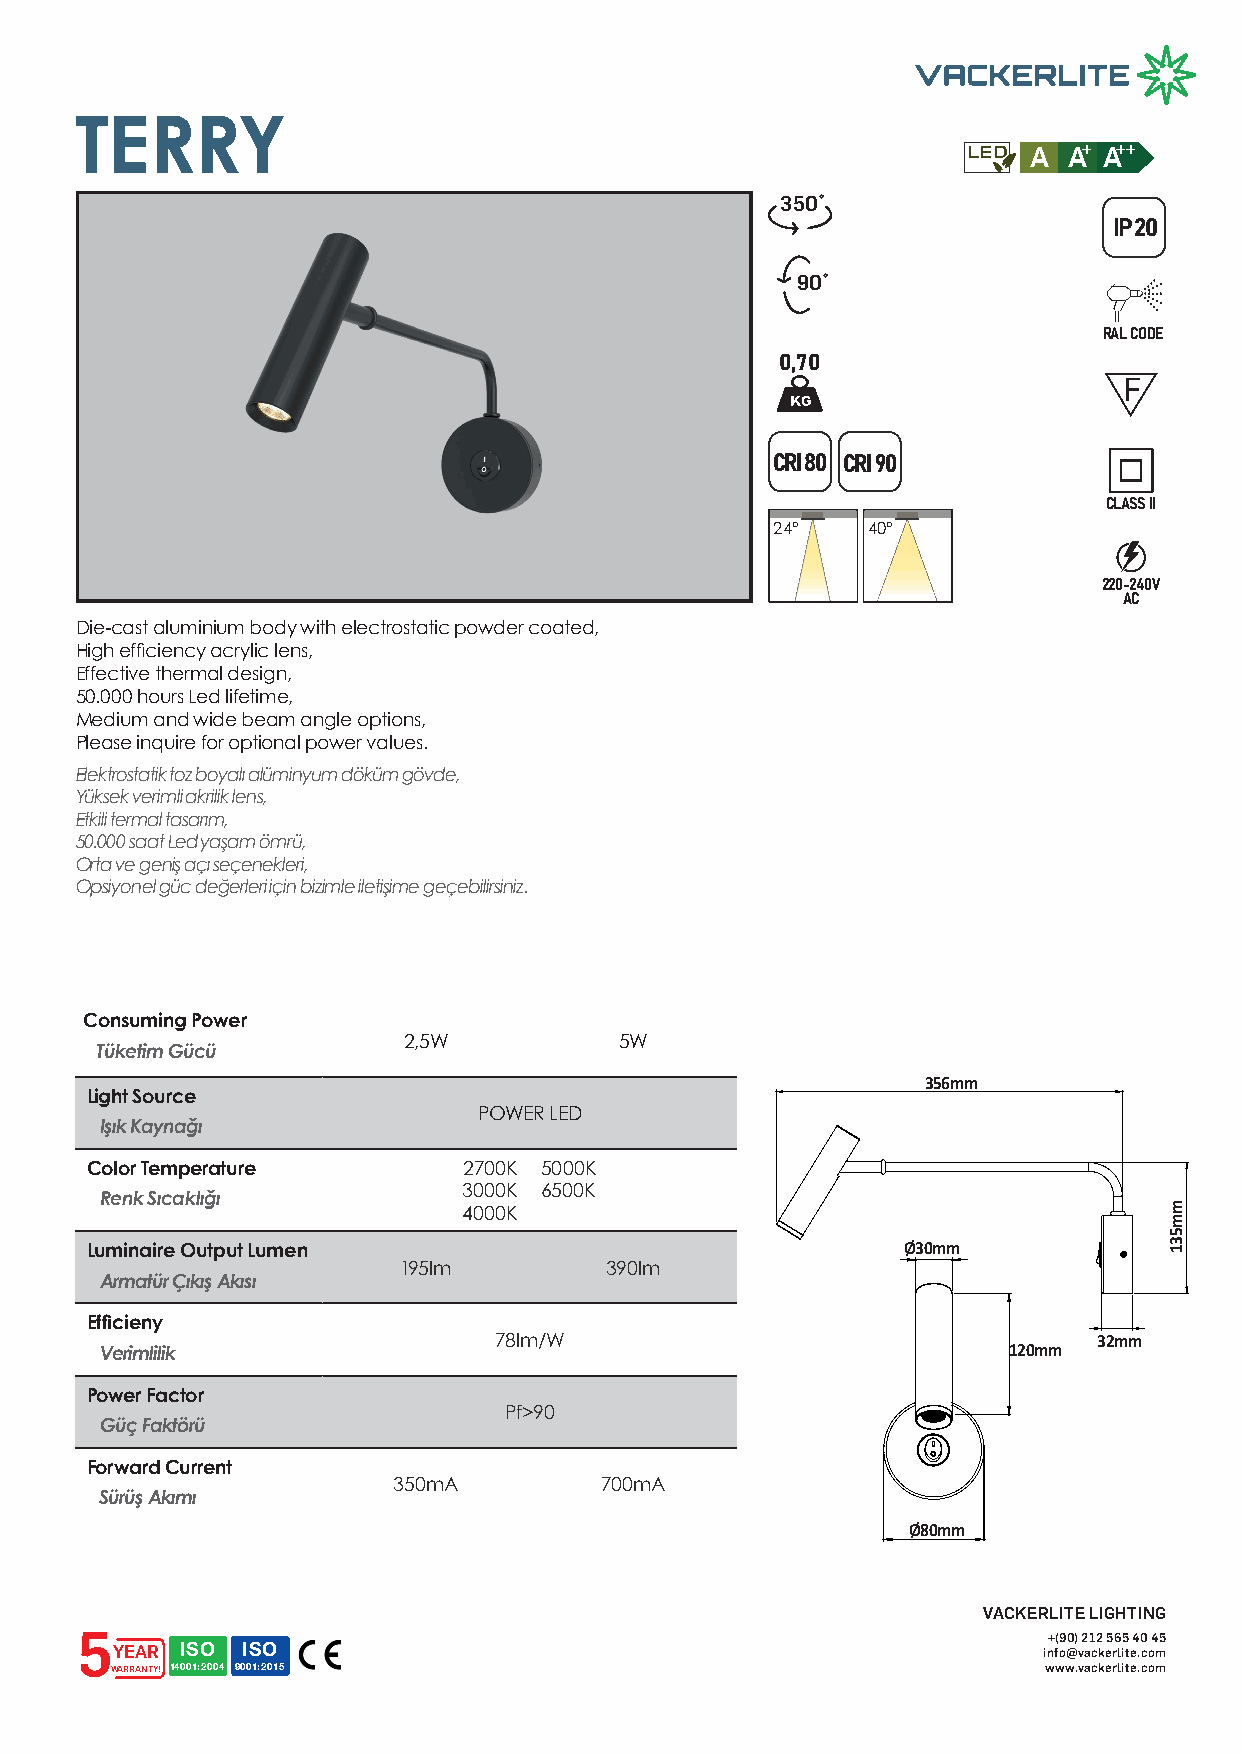
TERRY
 LED A  A+ A++
 350˚
 IP 20
 90˚
 RAL CODE
 0,70
 F
 CRI 80 CRI 90
 CLASS II
 24°   40°
 220-240V
 AC
 Die-cast aluminium body with electrostatic powder coated,
 High efficiency acrylic lens,
 Effective thermal design,
 50.000 hours Led lifetime,
 Medium and wide beam angle options,
 Please inquire for optional power values.
 Elektrostatik toz boyalı alüminyum döküm gövde,
 Yüksek verimli akrilik lens,
 Etkili termal tasarım,
 50.000 saat Led yaşam ömrü,
 Orta ve geniş açı seçenekleri,
 Opsiyonel güc değerleri için bizimle iletişime geçebilirsiniz.
 Consuming Power
 2,5W          5W
 Tüketim Gücü
 356mm
 Light Source
 POWER LED
 Işık Kaynağı
 Color Temperature        2700K 5000K
 3000K 6500K
 Renk Sıcaklığı
 4000K
 Luminaire Output Lumen                                Ø30mm
 195lm         390lm
 Armatür Çıkış Akısı
 Efficieny
 78lm/W                                  32mm
 Verimlilik                                                  120mm
 Power Factor
 Pf>90
 Güç Faktörü
 Forward Current
 350mA         700mA
 Sürüş Akımı
 Ø80mm
 VACKERLITE LIGHTING
 5                                                               +(90) 212 565 40 45
 YEAR ISO ISO                                                  info@vackerlite.com
 WARRANTY! 14001:2004 9001:2015                                www.vackerlite.com
 mm531